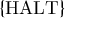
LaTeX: \{ { \mathrm { H A L T } } \}